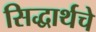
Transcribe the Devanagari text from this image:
सिद्धार्थचे